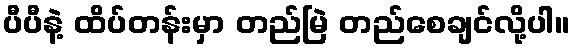
ပီပီနဲ့ ထိပ်တန်းမှာ တည်မြဲ တည်စေချင်လို့ပါ။